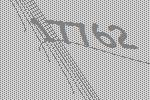
17762